Lunatic asylums Central Provinces reports 1895-1909 - 1895-1909
Year: 1895
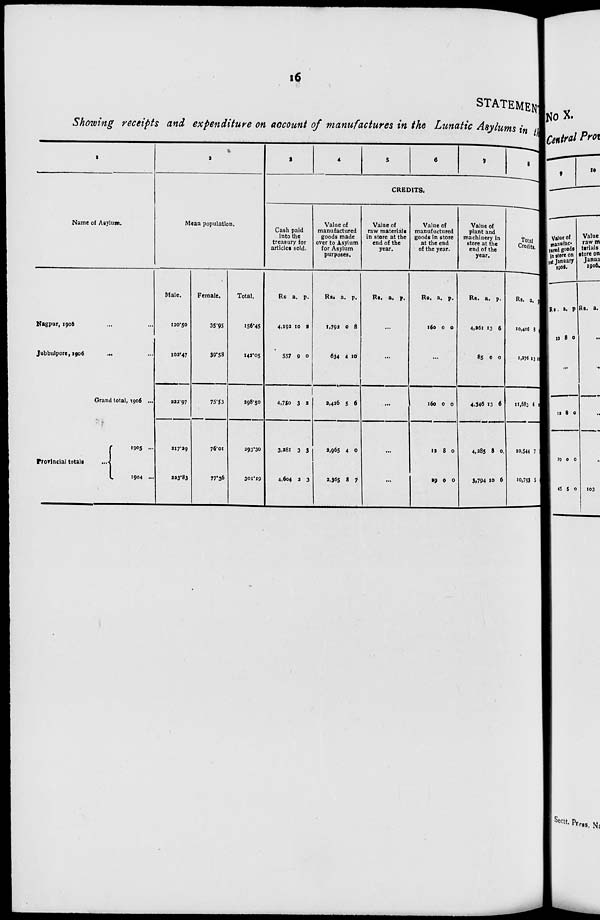
16
STATEMENT
Showing receipts and expenditure on account of manufactures in the Lunatic Asylums in the
1
Name of Asylum.
Nagpur, 1906 ... ...
Jubbulpore, 1906 ... ...
Grand total, 1906 ...
Provincial totals
...
1905 ...
1904 ...
2
Mean population.
Male.
120.50
102.47
222.97
217.29
223.83
Female.
35.95
39.58
75.53
76.01
77.36
Total.
156.45
142.05
298.50
293.30
301.19
3
4
5
6
7
8
CREDITS.
Cash paid
into the
treasury for
articles sold.
Rs
4,192
557
4,750
3,281
4,604
a.
10
9
3
3
2
p.
2
0
2
3
3
Value of
manufactured
goods made
over to Asylum
for Asylum
purposes.
Rs.
1,792
634
2,426
2,965
2,365
a.
0
4
5
4
8
p.
8
10
6
0
7
Value of
raw materials
in store at the
end of the
year.
Rs. a. p.
...
...
...
...
...
Value of
manufuctured
goods in store
at the end
of the year.
Rs.
160
a.
0
p.
0
...
160
12
29
0
8
0
0
0
0
Value of
plant and
machinery in
store at the
end of the
year.
Rs.
4,261
85
4,346
4,285
3,794
a.
13
0
13
8
10
p.
6
0
6
0
6
Total
Credits.
Rs.
10,406
1,276
11,683
10,544
10,793
a.
8
13
6
7
5
p.
10
1